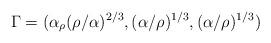
LaTeX: \begin{align*}\Gamma =(\alpha_{\rho}(\rho/\alpha)^{2/3},(\alpha/\rho)^{1/3},(\alpha/\rho)^{1/3})\end{align*}